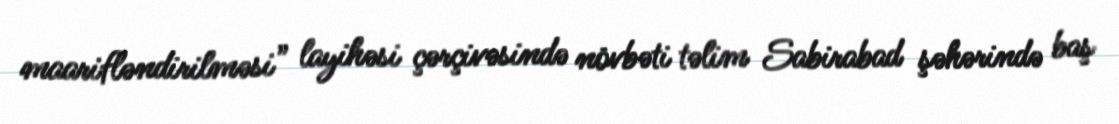
maarifləndirilməsi” layihəsi çərçivəsində növbəti təlim Sabirabad şəhərində baş